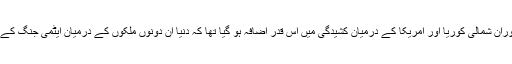
پچھلے کچھ عرصے کے دوران شمالی کوریا اور امریکا کے درمیان کشیدگی میں اس قدر اضافہ ہو گیا تھا کہ دنیا ان دونوں ملکوں کے درمیان ایٹمی جنگ کے خوف میں مبتلا ہوگئی تھی۔